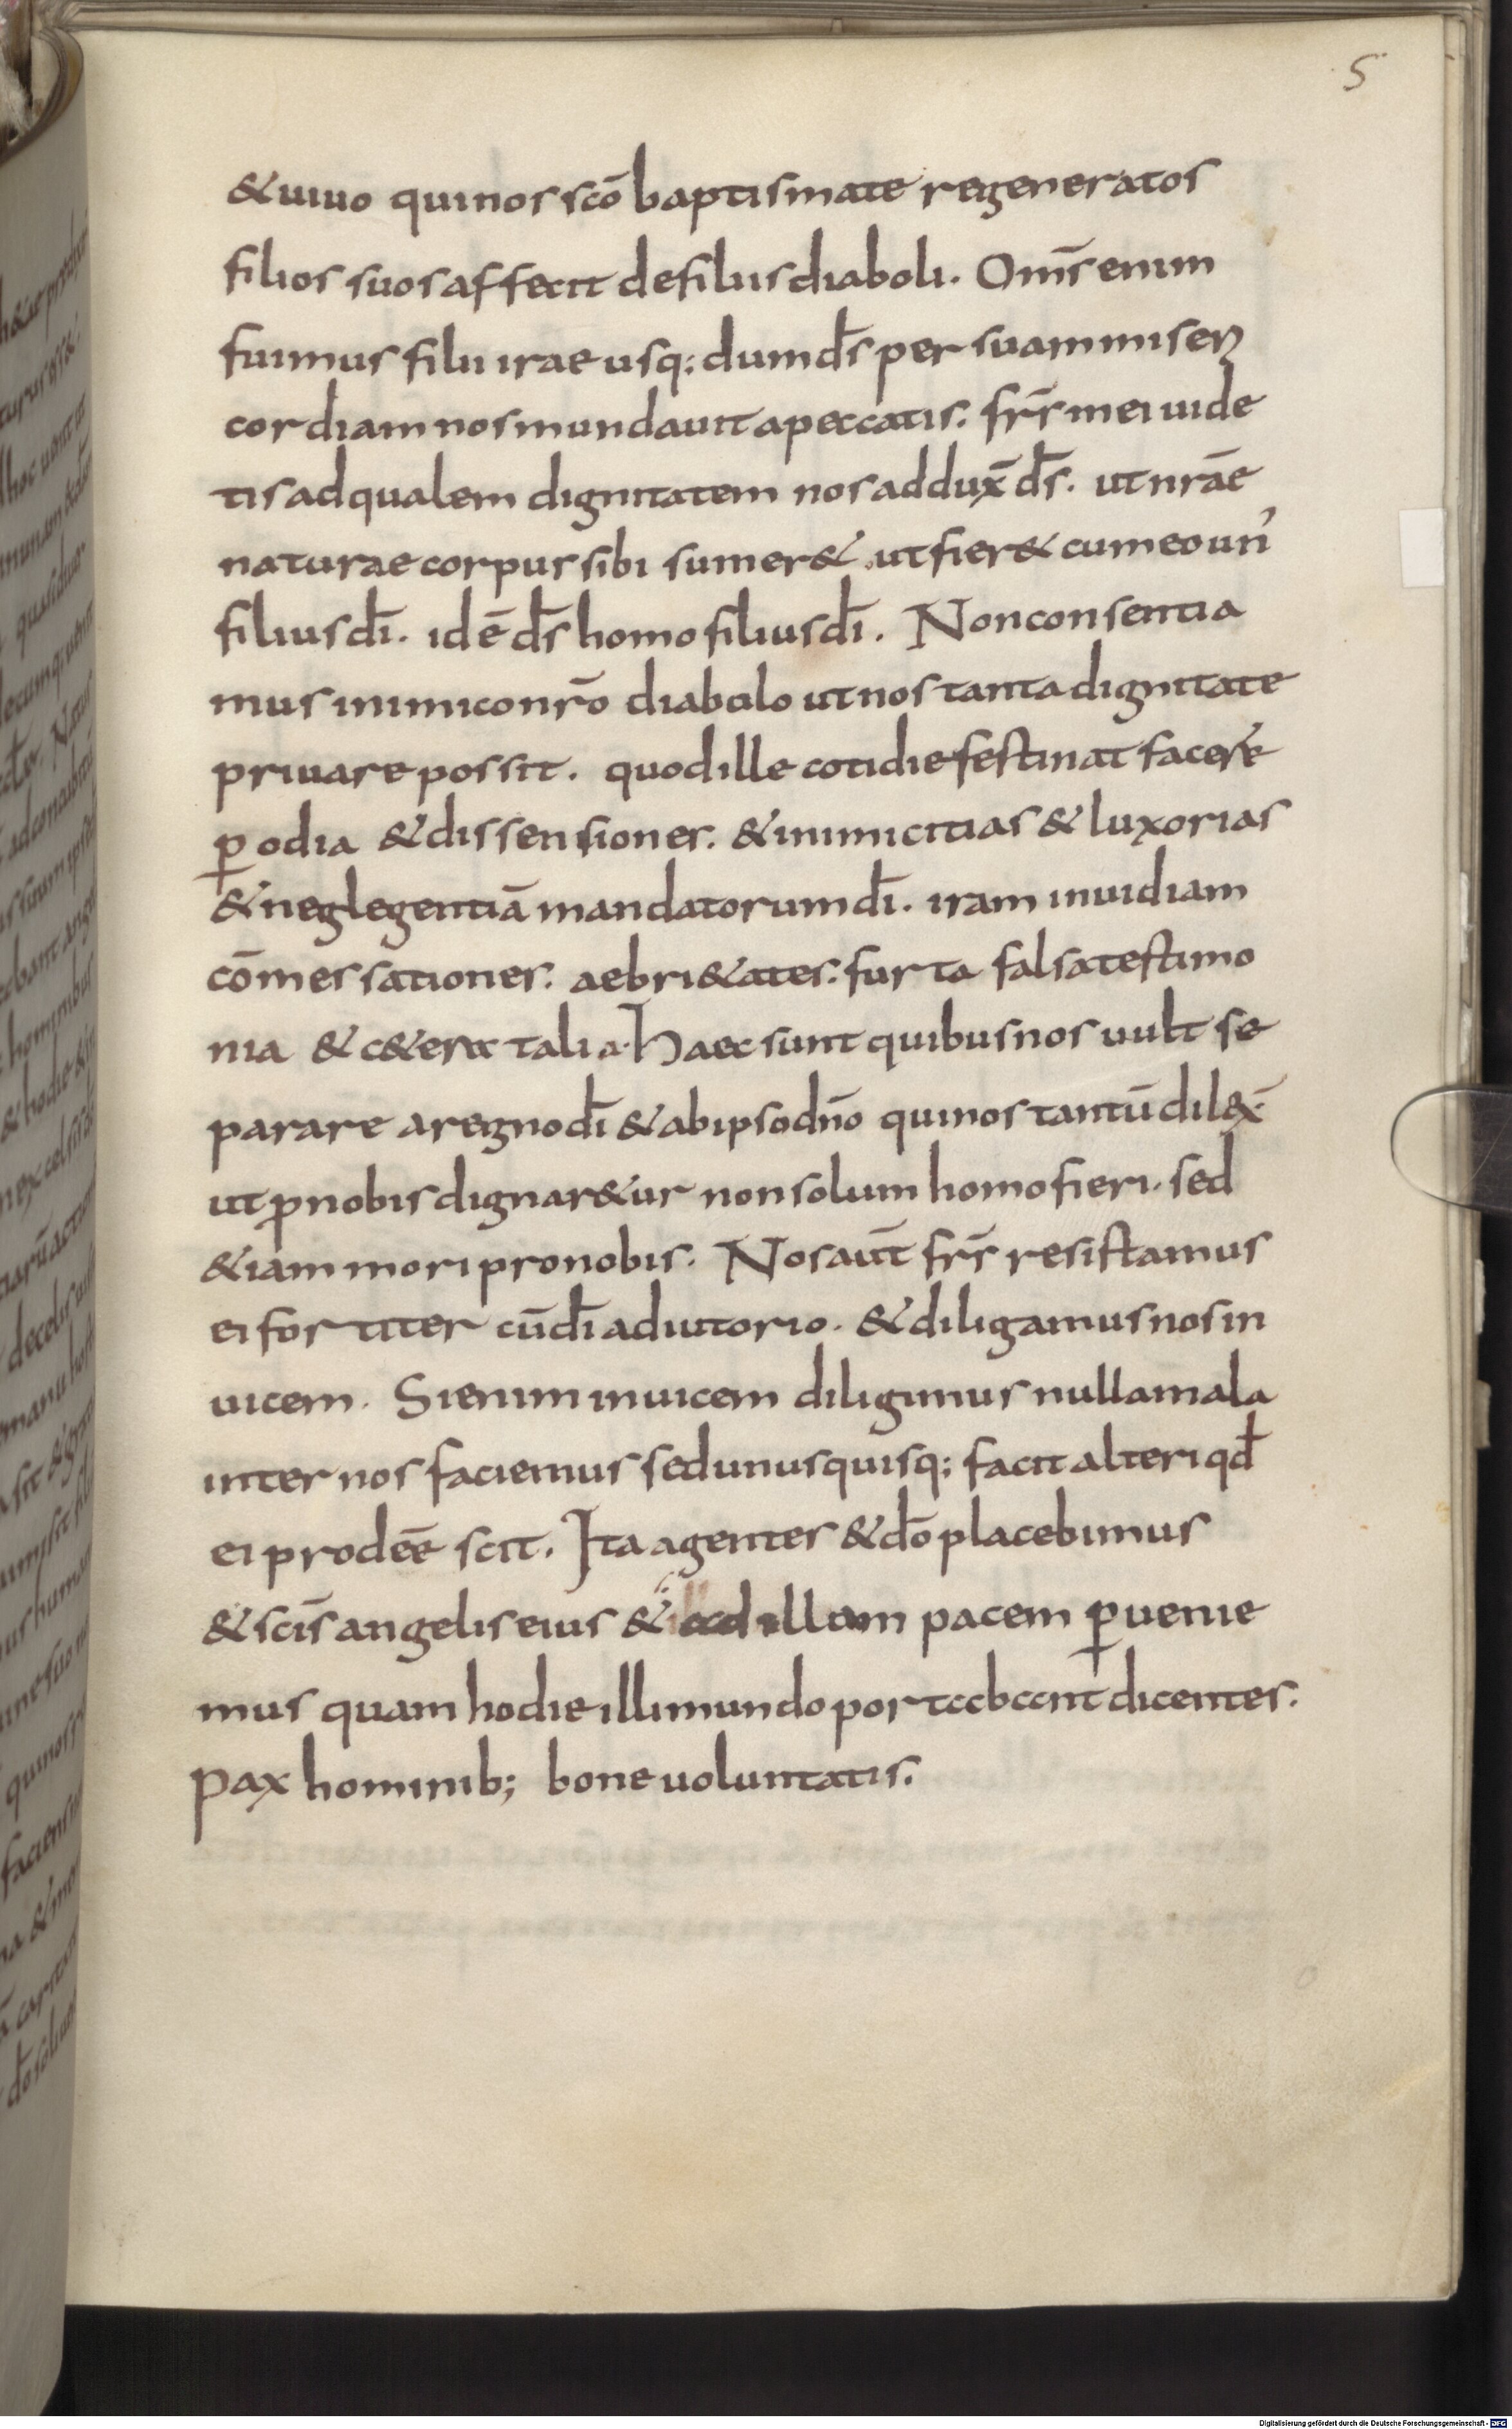
Shelfmark: Munich, Bayerische Staatsbibliothek, Clm 14510
Century: 9